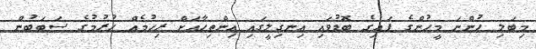
މިބަލި ހުންނަ މީހުންގެ ފައިގެ ބޮޑުވައި އިނގިލީގައި އިންތިހާއަށް ރިހުމެއް ހުރުމުގެ ސަބަބުން